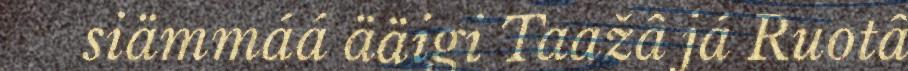
siämmáá ääigi Taažâ já Ruotâ